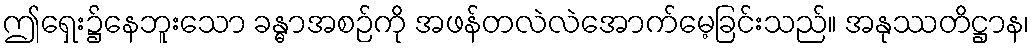
ဤရှေး၌နေဘူးသော ခန္ဓာအစဉ်ကို အဖန်တလဲလဲအောက်မေ့ခြင်းသည်။ အနုဿတိဋ္ဌာန၊